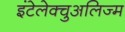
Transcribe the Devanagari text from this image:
इंटेलेक्चुअलिज्म